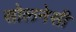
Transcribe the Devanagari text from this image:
सोलनेसी